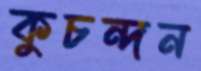
কুচন্দন